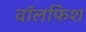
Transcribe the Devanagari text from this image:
वॉलफिश